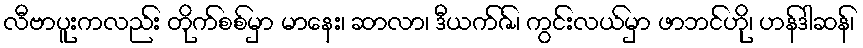
လီဗာပူးကလည်း တိုက်စစ်မှာ မာနေး၊ ဆာလာ၊ ဒီယက်ဇ်၊ ကွင်းလယ်မှာ ဖာဘင်ဟို၊ ဟန်ဒါဆန်၊